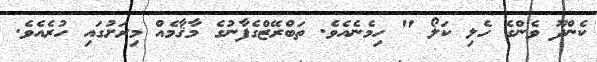
ކެންދޫ ވެންގެ ހެލި ކަލޯ " ހިމެނެއެވެ. ތަބްރޭޒްގެފާނުގެ މާޤާމެއް މިރަށުގައި ހުރެއެވެ.